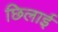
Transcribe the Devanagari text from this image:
छिलाई